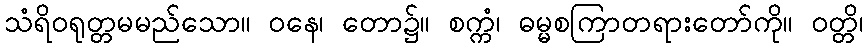
သံရိဝရုတ္တမမည်သော။ ဝနေ၊ တော၌။ စက္ကံ၊ ဓမ္မစကြာတရားတော်ကို။ ဝတ္တိ၊